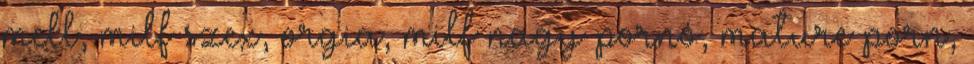
mell, milf szex, orgia, milf nagy pornó, mature porn,